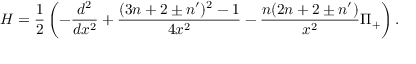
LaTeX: H = \frac { 1 } { 2 } \left( - \frac { d ^ { 2 } } { d x ^ { 2 } } + \frac { ( 3 n + 2 \pm n ^ { \prime } ) ^ { 2 } - 1 } { 4 x ^ { 2 } } - \frac { n ( 2 n + 2 \pm n ^ { \prime } ) } { x ^ { 2 } } \Pi _ { + } \right) .